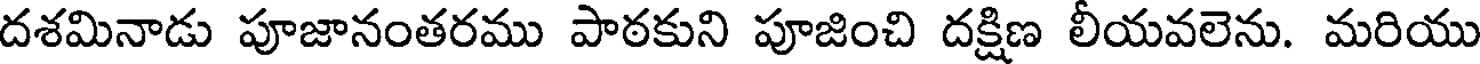
దశమినాడు పూజానంతరము పాఠకుని పూజించి దక్షిణ లీయవలెను. మరియు